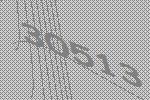
30513